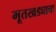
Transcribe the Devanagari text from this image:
मूतखड्याचा